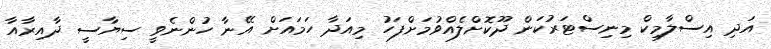
އަދި އިސްލާމިކް މިނިސްޓަރުކަން ދޫކޮށްލެއްވުމަށްފަހު މިއަދާ ހަމައަށް އޭނާ ހުންނެވީ ސިޔާސީ ދާއިރާއާ